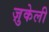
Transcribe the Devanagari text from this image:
ज़ुकेली